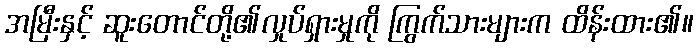
အမြီးနှင့် ဆူးတောင်တို့၏လှုပ်ရှားမှုကို ကြွက်သားများက ထိန်းထား၏။